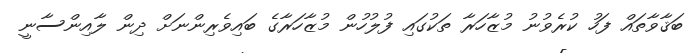
ބަޤާވާތައް ފަހު ކުރެވުނު މުޒާހަރާ ތަކުގައި ފުލުހުން މުޒާހަރާގެ ބައިވެރިންނަށް ދިން ލާއިންސާނީ